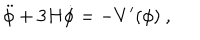
LaTeX: \ddot { \phi } + 3 H \dot { \phi } = - { V ^ { \prime } ( \phi ) } \ ,